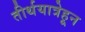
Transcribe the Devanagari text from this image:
तीर्थयात्रेहून